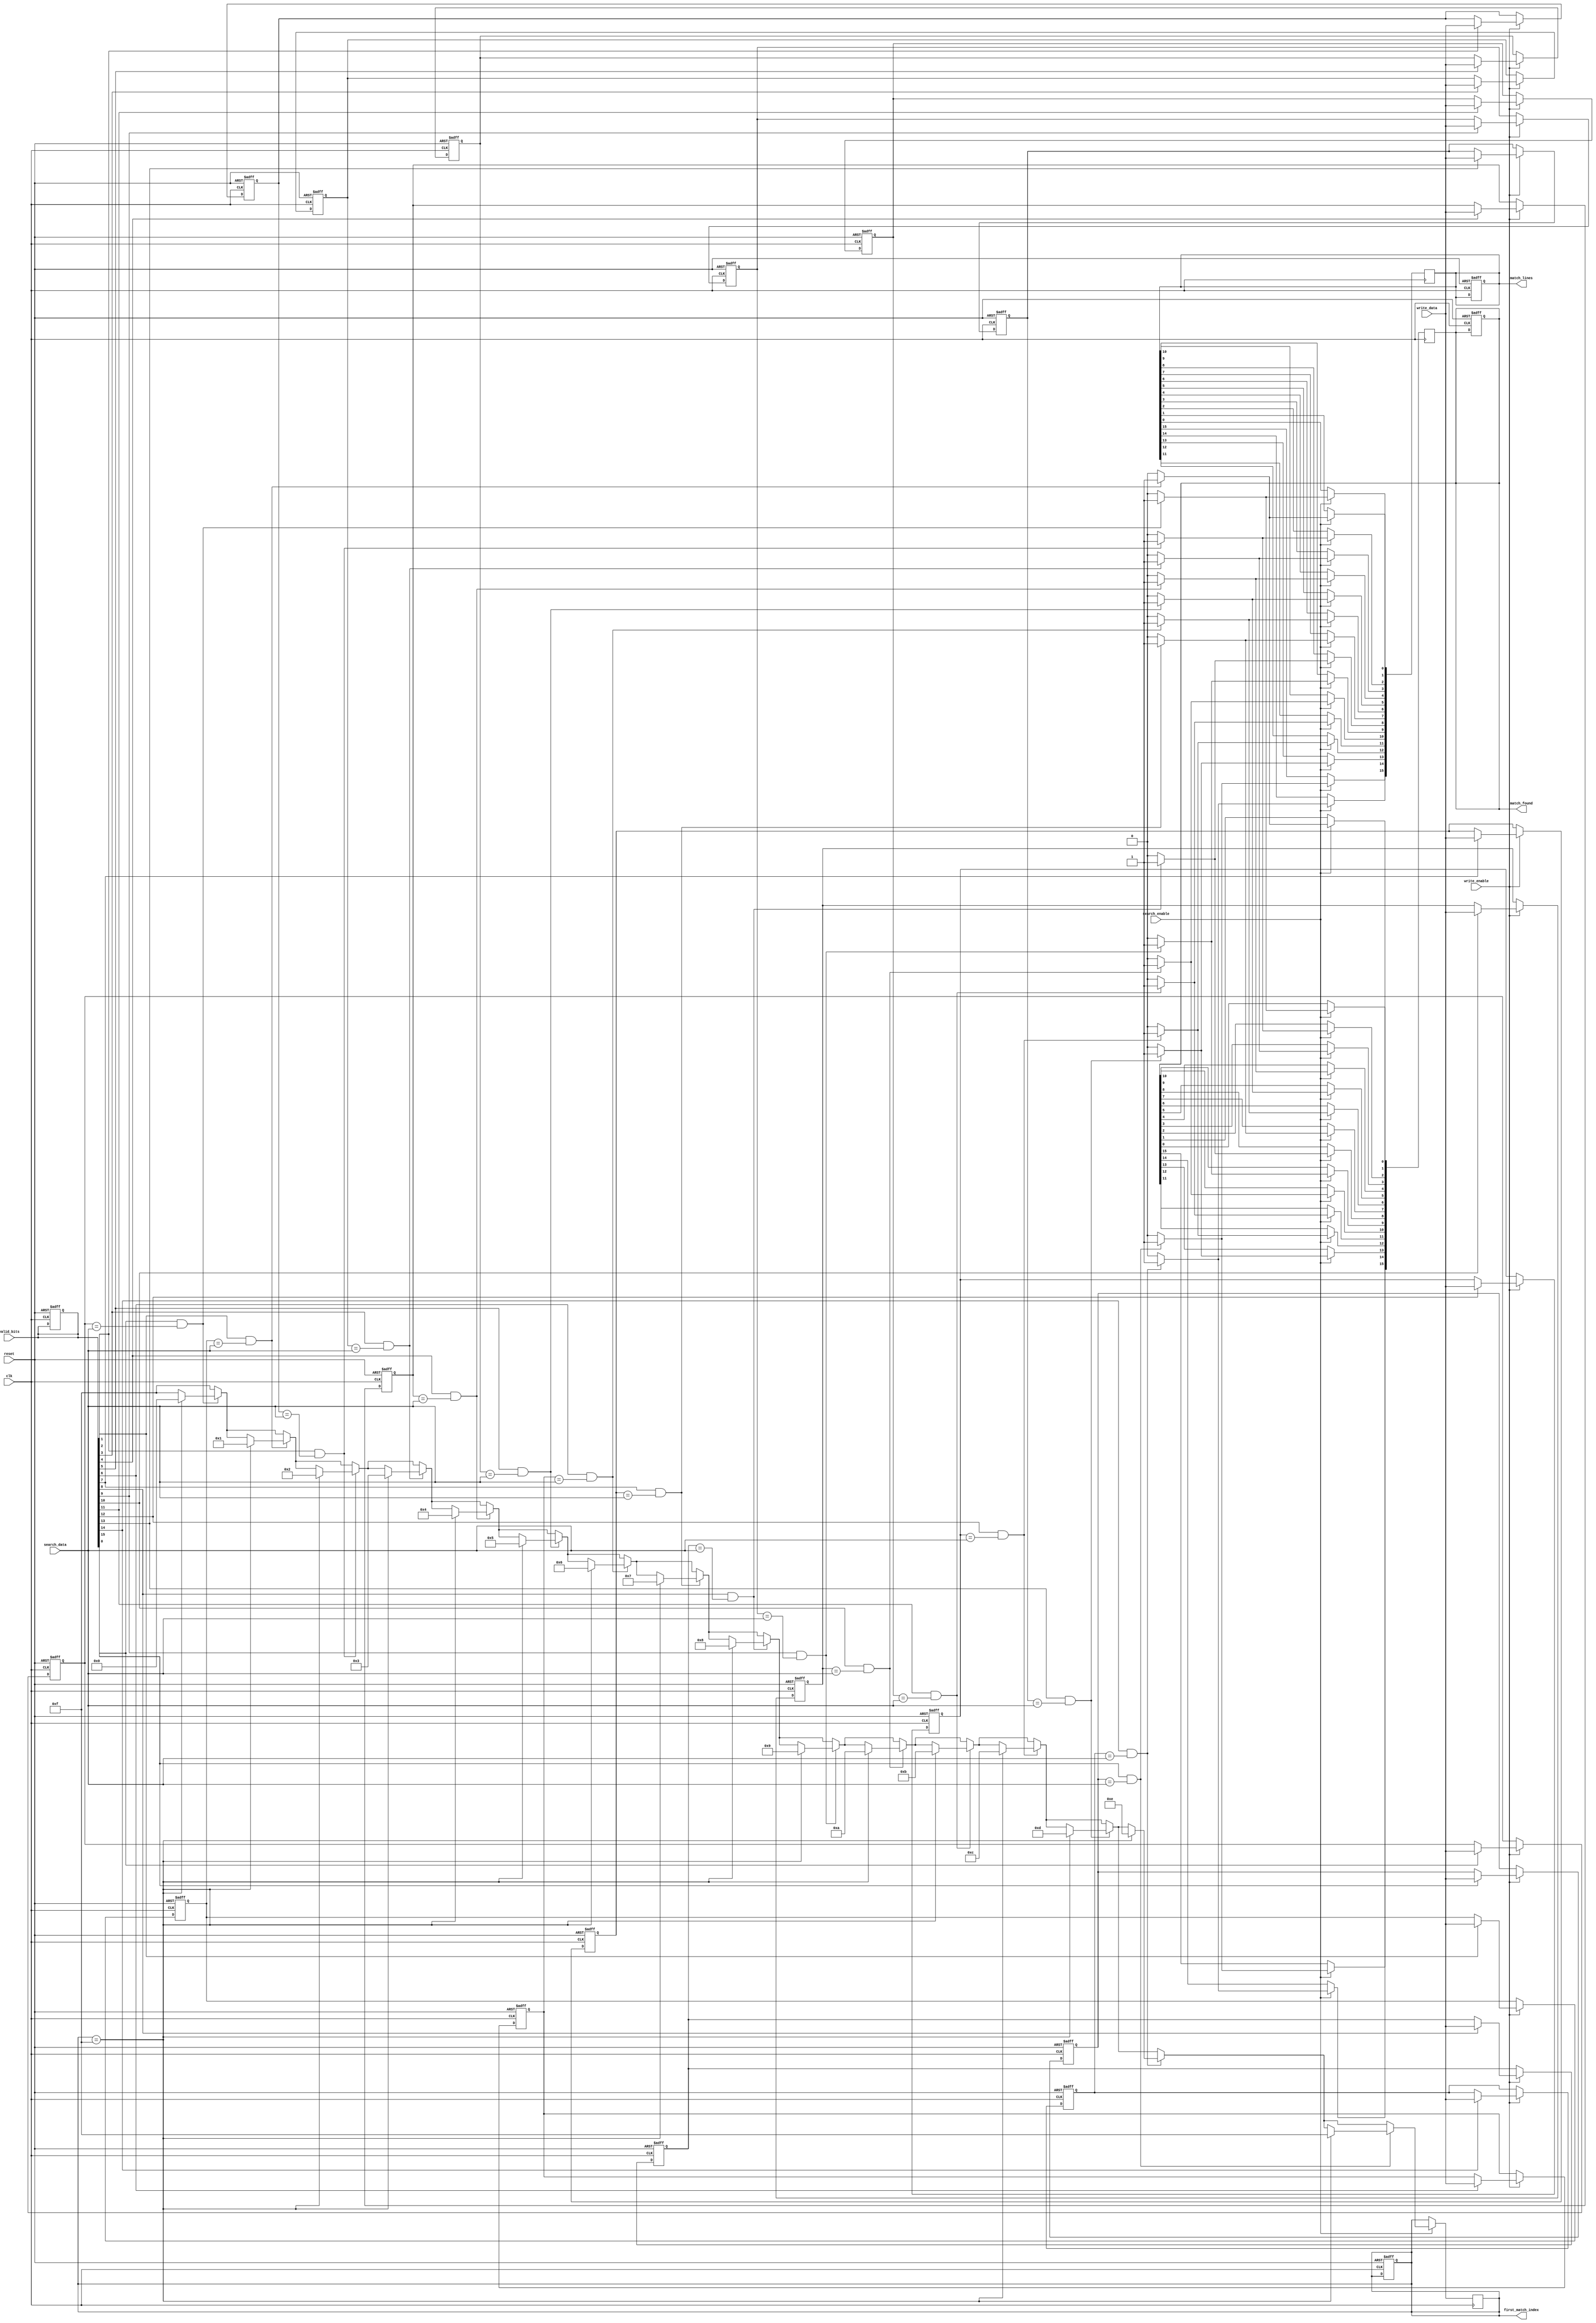
module column_based_cam #(
    parameter WORD_LENGTH = 8,  // Length of each word
    parameter NUM_ENTRIES = 16   // Number of entries in the CAM
)(
    input wire clk,
    input wire reset,
    input wire [WORD_LENGTH-1:0] write_data,
    input wire [NUM_ENTRIES-1:0] valid_bits, // Valid bits for each entry
    input wire [WORD_LENGTH-1:0] search_data,
    input wire write_enable,
    input wire search_enable,
    output reg [NUM_ENTRIES-1:0] match_lines, // Match lines for each entry
    output reg [NUM_ENTRIES-1:0] match_found, // Indicates valid matches
    output reg [3:0] first_match_index // Index of the first match
);

    // Memory to store the CAM entries
    reg [WORD_LENGTH-1:0] cam_memory [0:NUM_ENTRIES-1];

    // Internal signals for matching
    integer i;

    // Write operation
    always @(posedge clk or posedge reset) begin
        if (reset) begin
            // Clear CAM entries and valid bits
            for (i = 0; i < NUM_ENTRIES; i = i + 1) begin
                cam_memory[i] <= 0;
                valid_bits[i] <= 0;
            end
            match_lines <= 0;
            match_found <= 0;
            first_match_index <= 0;
        end else if (write_enable) begin
            // Write data to CAM if valid bit is set
            for (i = 0; i < NUM_ENTRIES; i = i + 1) begin
                if (valid_bits[i]) begin
                    cam_memory[i] <= write_data;
                end
            end
        end
    end

    // Search operation
    always @(posedge clk) begin
        if (search_enable) begin
            match_lines <= 0;
            match_found <= 0;
            first_match_index <= 4'b1111; // Default to invalid index

            // Compare search data with CAM entries
            for (i = 0; i < NUM_ENTRIES; i = i + 1) begin
                if (valid_bits[i] && (cam_memory[i] == search_data)) begin
                    match_lines[i] <= 1; // Set match line for this entry
                    match_found[i] <= 1; // Indicate a match found
                    if (first_match_index == 4'b1111) begin
                        first_match_index <= i; // Record the first match index
                    end
                end
            end
        end
    end

endmodule